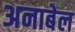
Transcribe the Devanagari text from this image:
अनाबेल